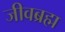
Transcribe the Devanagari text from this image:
जीवब्रह्म